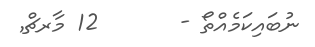
ނުބައިކަމެއްތޯ -       12 މާރޗް